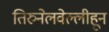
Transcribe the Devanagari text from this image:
तिरुनेलवेल्लीहून